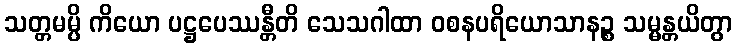
သတ္တမမ္ပိ ကိယော ပဋ္ဌပေဿန္တီတိ သေသဂါထာ ဝစနပရိယောသာနဉ္စ သမ္မန္တယိတွာ